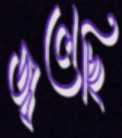
জ্বলেছি